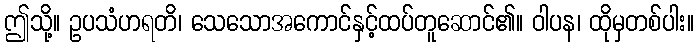
ဤသို့။ ဥပသံဟရတိ၊ သေသောအကောင်နှင့်ထပ်တူဆောင်၏။ ဝါပန၊ ထိုမှတစ်ပါး။